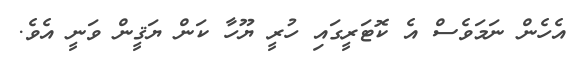
އެހެން ނަމަވެސް އެ ކޮޓަރީގައި ހުރީ ޔޫހާ ކަން ޔަޤީން ވަނީ އެވެ.